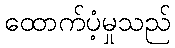
ထောက်ပံ့မှုသည်